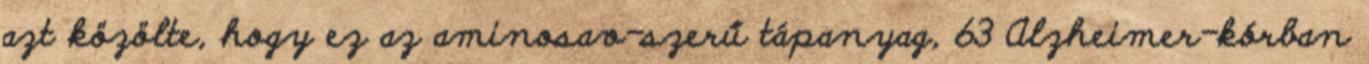
azt közölte, hogy ez az aminosav-szerű tápanyag, 63 Alzheimer-kórban